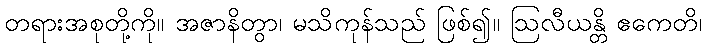
တရားအစုတို့ကို။ အဇာနိတွာ၊ မသိကုန်သည် ဖြစ်၍။ ဩလီယန္တိ ဧကေတိ၊